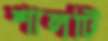
শালটি